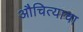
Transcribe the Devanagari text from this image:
औचित्याचा